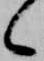
々